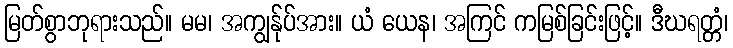
မြတ်စွာဘုရားသည်။ မမ၊ အကျွန်ုပ်အား။ ယံ ယေန၊ အကြင် ကမြစ်ခြင်းဖြင့်။ ဒီဃရတ္တံ၊